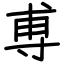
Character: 尃